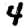
Digit: 4